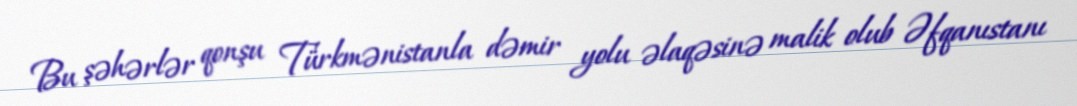
Bu şəhərlər qonşu Türkmənistanla dəmir yolu əlaqəsinə malik olub Əfqanıstanı